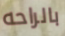
بالراحه